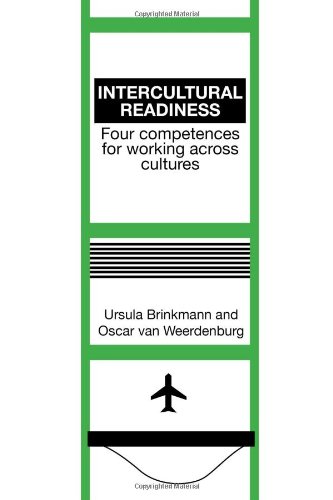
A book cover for Intercultural Readiness: Four Competences for Working Across Cultures; Ursula Brinkmann; Business & Money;